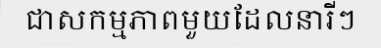
ជាសកម្មភាពមួយដែលនារីៗ